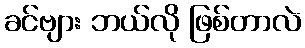
ခင်ဗျား ဘယ်လို ဖြစ်တာလဲ